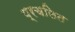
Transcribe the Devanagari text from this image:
प्रचलित